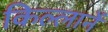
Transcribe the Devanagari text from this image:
किल्लार्ने